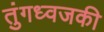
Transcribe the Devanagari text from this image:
तुंगध्वजकी